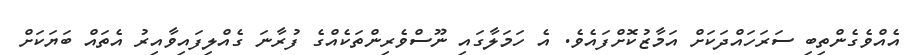
އެއްވެގެންތިބި ސަރަހައްދަކަށް އަމާޒުކޮށްފައެވެ. އެ ހަމަލާގައި ނޫސްވެރިންތަކެއްގެ ފުރާނަ ގެއްލިފައިވާއިރު އެތައް ބަޔަކަށް